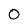
Character: 0